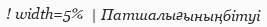
! width=5%  | Патшалығыныңбітуі